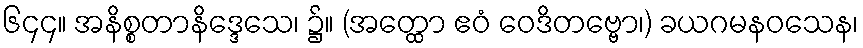
၆၄၄။ အနိစ္စတာနိဒ္ဒေသေ၊ ၌။ (အတ္ထော ဧဝံ ဝေဒိတဗ္ဗော၊) ခယဂမနဝသေန၊